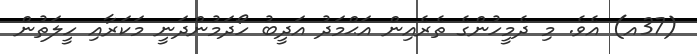
(37އ) އެވެ. މި ދެމީހުންގެ ތެރެއިން އަޙްމަދު އަދީބު ހޯދަމުންދަނީ މަކަރާއި ހީލަތުން